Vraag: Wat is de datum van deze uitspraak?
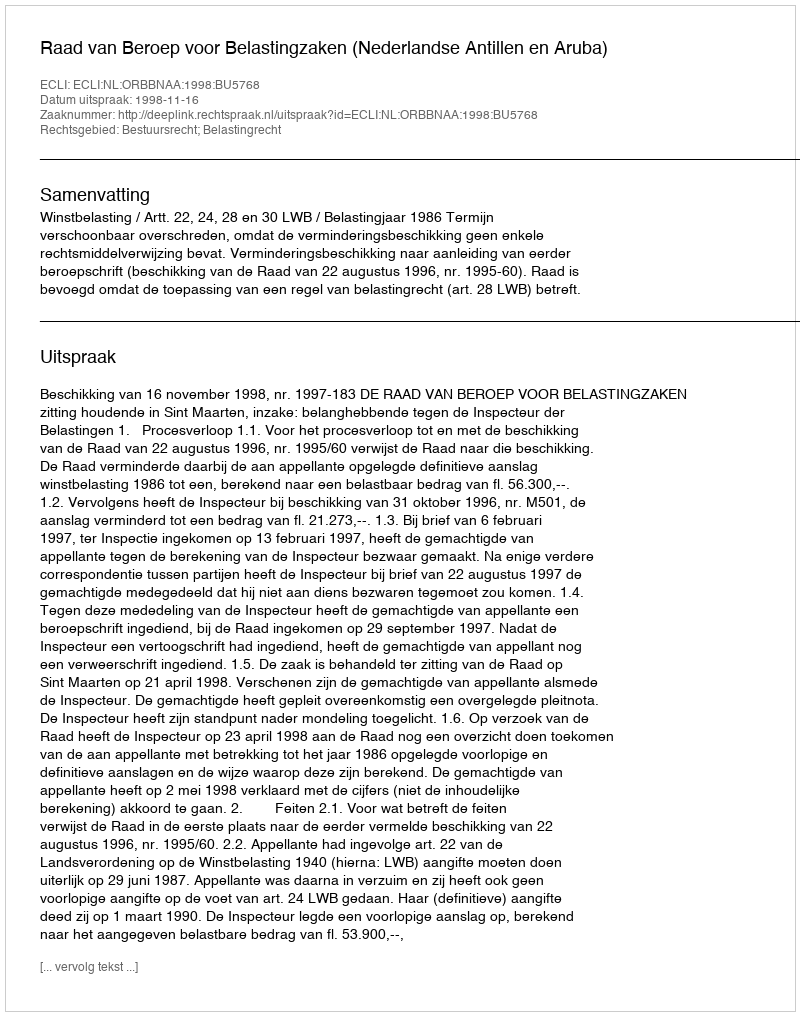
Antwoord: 1998-11-16